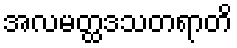
အလမတ္ထဒသတရာတိ